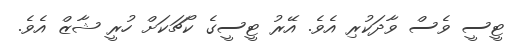
ޓީސީ ވެސް ވާދަކުރި އެވެ. އޭރު ޓީސީގެ ކޯޗަކަށް ހުރީ ޝާޒް އެވެ.